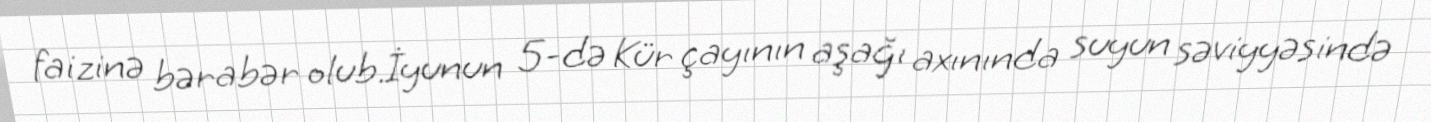
faizinə bərabər olub.İyunun 5-də Kür çayının aşağı axınında suyun səviyyəsində